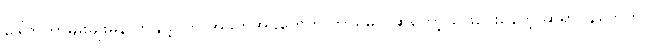
ဒေါက်တာမျိုးမျိုးမွန် တချို့သော အခက်အခဲတွေက ဘာရှိမလဲဆိုတော့ ဖြေပေးနေတဲ့ ဆရာဝန်တွေက